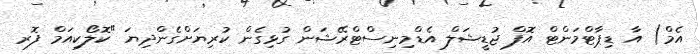
އެމް) އާ ޑިޕާޓްމަންޓް އޮފް ޖުޑީޝަލް އެޑްމިނިސްޓްރޭޝަން ގުޅިގެން ކުރިޔަށްގެންދިޔަ "ކޮލޯކިއަމް ފޮރ